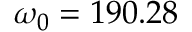
\omega _ { 0 } = 1 9 0 . 2 8